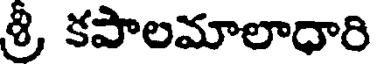
శ్రీ, కపాలమాలాధారి